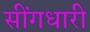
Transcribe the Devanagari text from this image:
सींगधारी